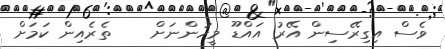
ވެސް އިގިރޭސިން އޭރު އައްޑޫ މީހުންނަށް    ތެރެއިން ކަމަށް